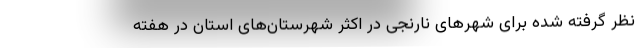
نظر گرفته شده برای شهرهای نارنجی در اکثر شهرستان‌های استان در هفته